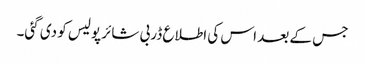
جس کے بعد اس کی اطلاع ڈربی شائر پولیس کو دی گئی۔